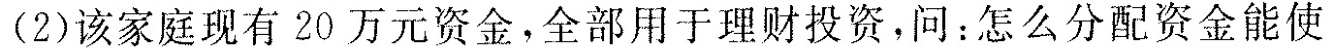
(2)该家庭现有20万元资金，全部用于理财投资，问：怎么分配资金能使